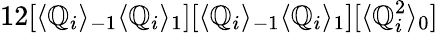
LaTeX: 12[\langle\mathbb{Q}_{i}\rangle_{-1}\langle\mathbb{Q}_{i}\rangle_{1}][\langle\mathbb{Q}_{i}\rangle_{-1}\langle\mathbb{Q}_{i}\rangle_{1}][\langle\mathbb{Q}_{i}^{2}\rangle_{0}]